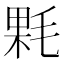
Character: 𣮔